Report on the lunatic asylums under the Government of Bombay - 1904-1913
Year: 1904
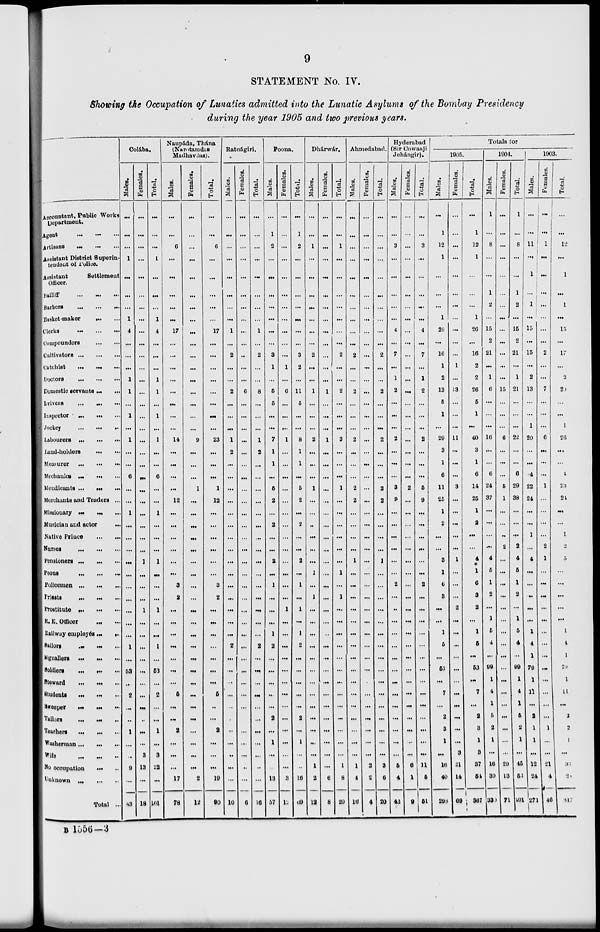
9
STATEMENT No. IV.
Showing the Occupation of Lunatics admitted into the Lunatic Asylums of the Bombay Presidency
during the year 1905 and two previous years.
Accountant, Public Works
Department.
Agent ... ... ...
Artisans ... ... ...
Assistant District Superin-
tendent of Police.
Assistant
Settlement
Officer.
Bailiff ... ... ...
Barbers
...
...
...
Basket-maker ... ...
Clerks
...
...
...
Compounders
...
...
Cultivators ... ... ...
Catchist ... ... ...
Doctors
...
...
...
Domestic servants ... ...
Drivers ... ... ...
Inspector ... ... ...
Jockey
...
...
...
Labourers
...
...
...
Lund-holders
...
...
Measurer
...
...
...
Mechanics ... ... ...
Mendicants ... ... ...
Merchants and Traders ...
Missionary ...
Musician and actor
...
Native Prince
...
...
Nurses
...
...
...
Pensioners ... ... ...
Peons
...
...
...
Policemen ... ... ...
Priests ... ... ...
Prostitute
...
...
...
R. E. Officer ... ... ...
Railway employés ... ...
Sailors ... ... ...
Signallers
...
...
...
Soldiers ... ... ...
Steward ... ... ...
Students
...
...
...
Sweeper
...
...
...
Tailors ... ... ...
Teachers ... ... ...
Washerman ... ... ...
Wife ... ... ...
No occupation ... ... ...
Unknown
...
...
...
Total ...
Colába.
Males.
...
...
...
1
...
...
...
1
4
...
...
...
1
1
...
1
...
1
...
...
6
...
...
1
...
...
...
...
...
...
...
...
...
...
1
...
53
...
2
...
...
1
...
...
9
...
83
Females.
...
...
...
...
...
...
...
...
...
...
...
...
...
...
...
...
...
...
...
...
...
...
...
...
...
...
...
1
...
...
...
1
...
...
...
...
...
...
...
...
...
...
...
3
13
...
18
Total.
...
...
...
1
...
...
...
1
4
...
...
...
1
1
...
1
...
1
...
...
6
...
...
1
...
...
...
1
...
...
...
1
...
...
1
...
53
...
2
...
...
1
...
3
22
...
101
Naupáda, Thána
(Narotamdas
Madnavdas).
Males.
...
...
6
...
...
...
...
...
17
...
...
...
...
...
...
...
...
14
...
...
...
...
12
...
...
...
...
...
...
3
2
...
...
...
...
...
...
...
5
...
...
2
...
...
...
17
78
Females.
...
...
...
...
...
...
...
...
...
...
...
...
...
...
...
...
...
9
...
...
...
1
...
...
...
...
...
...
...
...
...
...
...
...
...
...
...
...
...
...
...
...
...
...
...
2
12
Total.
...
...
6
...
...
...
...
...
17
...
...
...
...
...
...
...
...
23
...
...
...
1
12
...
...
...
...
...
...
3
2
...
...
...
...
...
...
...
5
...
...
2
...
...
...
19
90
Ratnágiri.
Males.
...
...
...
...
...
...
...
...
1
...
2
...
...
2
...
...
...
1
2
...
...
...
...
...
...
...
...
...
...
...
...
...
...
...
2
...
...
...
...
...
...
..
...
...
...
...
10
Females.
...
...
...
...
...
...
...
...
...
...
..
...
...
6
...
...
...
...
...
...
...
...
...
...
...
...
...
...
...
...
...
...
...
...
...
...
...
...
...
...
...
...
...
...
...
...
6
Total.
...
...
...
...
...
...
...
...
1
...
2
...
...
8
...
...
...
1
2
...
...
...
...
...
...
...
...
...
...
...
...
...
...
...
2
...
...
...
...
...
...
...
...
...
...
...
16
Poona.
Males.
...
1
2
...
...
...
...
...
...
...
3
1
...
5
5
...
...
7
1
1
...
5
2
...
2
...
...
2
...
1
...
...
...
1
2
...
...
...
...
...
2
...
1
...
...
13
57
Females.
...
...
...
...
...
...
...
...
...
...
...
1
...
6
...
...
...
1
...
...
...
...
...
...
...
...
...
...
...
...
...
1
...
...
...
...
...
...
...
...
...
...
...
...
...
3
12
Total.
...
1
2
...
...
...
...
...
...
...
3
2
...
11
5
...
...
8
1
1
...
5
2
...
2
...
...
2
...
1
...
1
...
1
2
...
...
...
...
...
2
...
1
...
...
16
69
Dhárwár.
Males.
...
...
1
...
...
...
...
...
...
...
2
...
...
1
...
...
...
2
...
...
...
1
...
...
...
...
...
...
1
...
1
...
...
...
...
...
...
...
...
...
...
...
...
...
1
2
12
Females.
...
...
...
...
...
...
...
...
...
...
...
...
...
1
...
...
...
1
...
...
...
...
...
...
...
...
...
...
...
...
...
...
...
..
...
...
...
...
...
...
...
...
...
...
...
6
8
Total.
...
...
1
...
...
...
...
...
...
...
2
...
...
2
...
...
...
3
...
...
...
1
...
...
...
...
...
...
1
...
1
...
...
...
...
...
...
...
...
...
...
...
...
...
1
8
20
Ahmedabad.
Males.
...
...
...
...
...
...
...
...
...
...
2
...
...
2
...
...
...
2
...
...
...
2
2
...
...
...
...
1
...
...
...
...
...
...
...
...
...
...
...
...
...
...
...
...
1
4
16
Females.
...
...
...
...
...
...
...
...
...
...
...
...
...
...
...
...
...
...
...
...
...
...
...
...
...
...
...
...
...
...
...
...
...
...
...
...
...
...
...
...
...
...
...
...
2
2
4
Total.
...
...
...
...
...
...
...
...
...
...
2
...
...
2
...
...
...
2
...
...
...
2
2
...
...
...
...
1
...
...
...
...
...
...
...
...
...
...
...
...
...
...
...
...
3
6
20
Hyderabad
(Sir Cowasji
Jehángir).
Males.
...
...
3
...
...
...
...
...
4
...
7
...
1
2
...
...
...
2
...
...
...
3
9
...
...
...
...
...
...
2
...
...
...
...
...
...
...
...
...
...
...
...
...
...
5
4
42
Females.
...
...
...
...
...
...
...
...
...
...
...
...
...
...
...
...
...
...
...
...
...
2
...
...
...
...
...
...
...
...
...
...
...
...
...
...
...
...
...
...
...
...
...
...
6
1
9
Total.
...
...
3
...
...
...
...
...
4
...
7
...
1
2
...
...
...
2
...
...
...
5
9
...
...
...
...
...
...
2
...
...
...
...
...
...
...
...
...
...
...
...
...
...
11
5
51
Totals for
1905.
Males.
...
1
12
1
...
...
...
1
26
...
16
1
2
13
5
1
...
29
3
1
6
11
25
1
2
...
...
3
1
6
3
...
...
1
5
...
53
...
7
...
2
3
1
...
10
40
298
Females.
...
...
...
...
...
...
...
...
...
...
...
1
...
13
...
...
...
11
...
...
...
3
...
...
...
...
...
1
...
...
...
2
...
...
...
...
...
...
...
...
...
...
...
3
21
14
69
Total.
...
1
12
1
...
...
...
1
26
...
16
2
2
26
5
1
...
40
3
1
6
14
25
1
2
...
...
4
1
6
3
2
...
1
5
...
53
...
7
...
2
3
1
3
37
54
367
1904.
Males.
1
...
8
...
...
1
2
...
15
2
21
...
1
6
...
...
...
16
...
...
6
24
37
...
...
...
...
4
5
1
2
...
1
5
4
...
99
1
4
1
5
2
1
...
16
39
33
Females.
...
...
...
...
...
...
...
...
...
...
...
...
...
15
...
...
...
6
...
...
...
5
1
...
...
...
2
...
...
...
...
...
...
...
...
...
...
...
...
...
...
...
...
...
29
13
71
Total.
1
...
8
...
...
1
2
...
15
2
21
...
1
21
...
...
...
22
...
...
6
29
38
...
...
...
2
4
5
1
2
...
1
5
4
...
99
1
4
1
5
2
1
...
45
52
101
1903.
Males.
...
...
11
...
1
...
1
...
15
...
15
...
2
13
...
...
1
20
...
...
4
22
24
...
...
1
...
4
...
...
...
...
...
1
4
1
79
1
11
...
2
1
1
...
12
24
271
Females.
...
...
1
...
...
...
...
...
...
...
2
...
...
7
...
...
...
6
...
...
...
1
...
...
...
...
2
1
...
...
...
...
...
...
...
...
...
...
...
...
...
1
...
...
21
4
46
Total.
...
...
12
...
1
...
1
...
15
...
17
...
2
20
...
...
1
26
...
...
4
23
24
...
...
1
2
5
...
...
...
...
...
1
4
1
79
1
11
...
2
2
1
...
33
28
317
B 1556— 3